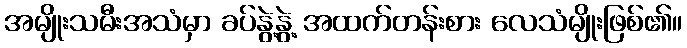
အမျိုးသမီးအသံမှာ ခပ်နွဲ့နွဲ့ အထက်တန်းစား လေသံမျိုးဖြစ်၏။